Scottish Education Department, 1927
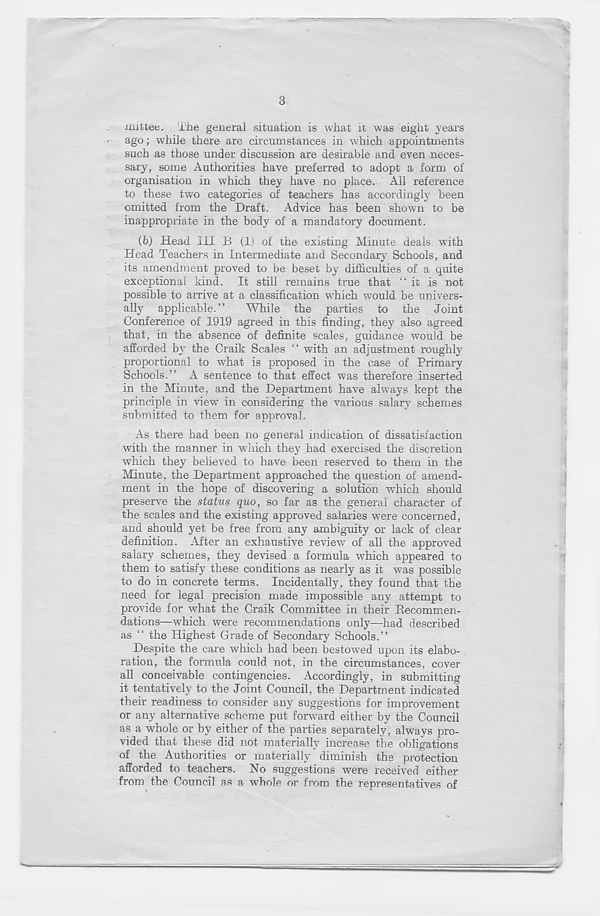
3
iiuttee. ihe general situation is what it was eight years
ago; while there are circumstances in which appointments
such as those under discussion are desirable and even neces-
sary, some Authorities have preferred to adopt a form of
organisation in which they have no place. All reference
to these two categories of teachers has accordingly been
omitted from the Draft. Advice has been shown to be
inappropriate in the body of a mandatory document.
(b) Head III B (1) of the existing Minute deals with
Head Teachers in Intermediate and Secondary Schools, and
its amendment proved to be beset by difficulties of a quite
exceptional kind. It still remains true that “it is not
possible to arrive at a classification which would be univers-
ally applicable.’’
While the parties to the Joint
Conference of 1919 agreed in this finding, they also agreed
that, in the absence of definite scales, guidance would be
afforded by the Craik Scales “ with an adjustment roughly
proportional to w'hat is proposed in the case of Primary
Schools.’’ A sentence to that effect was therefore inserted
in the Minute, and the Department have always kept the
principle in view in considering the various salary schemes
submitted to them for approval.
As there had been no general indication of dissatisfaction
with the manner in which they had exercised the discretion
which they believed to have been reserved to them in the
Minute, the Department approached the question of amend-
ment in the hope of discovering a solution which should
preserve the status quo, so far as the general character of
the scales and the existing approved salaries were concerned,
and should yet be free from any ambiguity or lack of clear
definition. .After an exhaustive review of all the approved
salary schemes, they devised a formula which appeared to
them to satisfy these conditions as nearly as it was possible
to do in concrete terms. Incidentally, they found that the
need for legal precision made impossible any attempt to
provide for what the Craik Committee in their Becommen-
dations—which were recommendations only—had described
as “ the Highest Grade of Secondary Schools.”
Despite the care which had been bestowed upon its elabo-
ration, the formula could not, in the circumstances, cover
all conceivable contingencies. Accordingly, in submitting
it tentatively to the Joint Council, the Department indicated
their readiness to consider any suggestions for improvement
or any alternative scheme put forward either by the Council
as a whole or by either of the parties separately, always pro-
vided that these did not materially increase the obligations
of the Authorities or materially diminish the protection
afforded to teachers. No suggestions were received either
from the Council as a whole or from the representatives of